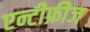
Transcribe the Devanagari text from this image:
एन्टीफ्रीज